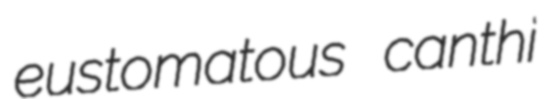
eustomatous canthi